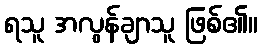
ရသူ အလွန်ချာသူ ဖြစ်၏။